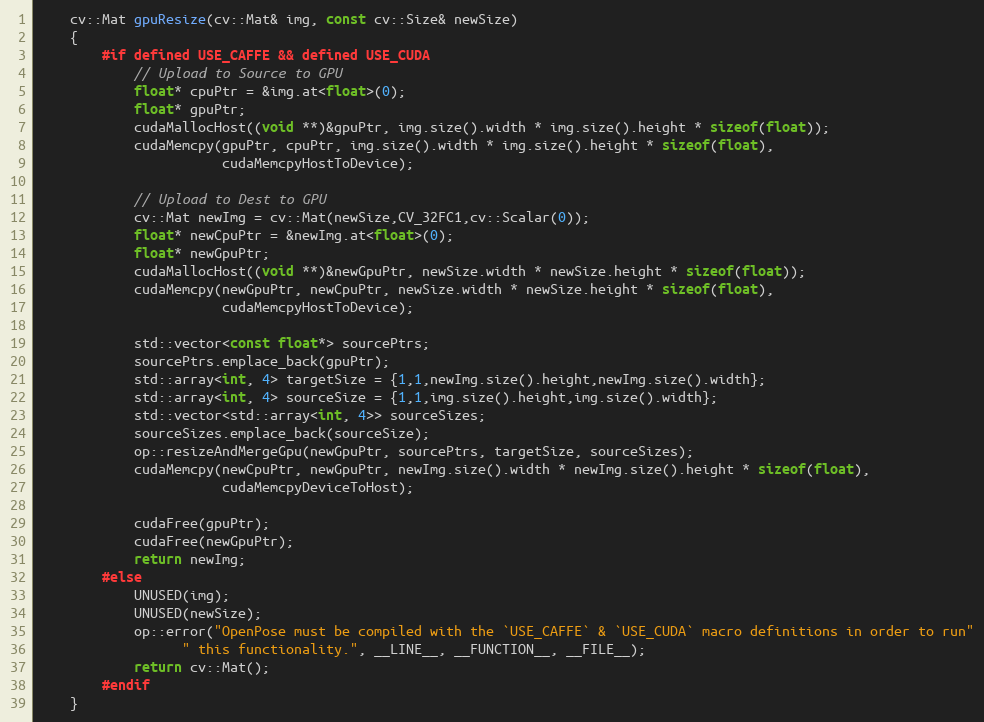
Language: C++
    cv::Mat gpuResize(cv::Mat& img, const cv::Size& newSize)
    {
        #if defined USE_CAFFE && defined USE_CUDA
            // Upload to Source to GPU
            float* cpuPtr = &img.at<float>(0);
            float* gpuPtr;
            cudaMallocHost((void **)&gpuPtr, img.size().width * img.size().height * sizeof(float));
            cudaMemcpy(gpuPtr, cpuPtr, img.size().width * img.size().height * sizeof(float),
                       cudaMemcpyHostToDevice);

            // Upload to Dest to GPU
            cv::Mat newImg = cv::Mat(newSize,CV_32FC1,cv::Scalar(0));
            float* newCpuPtr = &newImg.at<float>(0);
            float* newGpuPtr;
            cudaMallocHost((void **)&newGpuPtr, newSize.width * newSize.height * sizeof(float));
            cudaMemcpy(newGpuPtr, newCpuPtr, newSize.width * newSize.height * sizeof(float),
                       cudaMemcpyHostToDevice);

            std::vector<const float*> sourcePtrs;
            sourcePtrs.emplace_back(gpuPtr);
            std::array<int, 4> targetSize = {1,1,newImg.size().height,newImg.size().width};
            std::array<int, 4> sourceSize = {1,1,img.size().height,img.size().width};
            std::vector<std::array<int, 4>> sourceSizes;
            sourceSizes.emplace_back(sourceSize);
            op::resizeAndMergeGpu(newGpuPtr, sourcePtrs, targetSize, sourceSizes);
            cudaMemcpy(newCpuPtr, newGpuPtr, newImg.size().width * newImg.size().height * sizeof(float),
                       cudaMemcpyDeviceToHost);

            cudaFree(gpuPtr);
            cudaFree(newGpuPtr);
            return newImg;
        #else
            UNUSED(img);
            UNUSED(newSize);
            op::error("OpenPose must be compiled with the `USE_CAFFE` & `USE_CUDA` macro definitions in order to run"
                  " this functionality.", __LINE__, __FUNCTION__, __FILE__);
            return cv::Mat();
        #endif
    }